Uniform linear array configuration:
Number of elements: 24
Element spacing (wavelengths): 0.25
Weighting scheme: hann
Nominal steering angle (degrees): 60
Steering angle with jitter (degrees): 59.834
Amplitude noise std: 0.05
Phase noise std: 0.05

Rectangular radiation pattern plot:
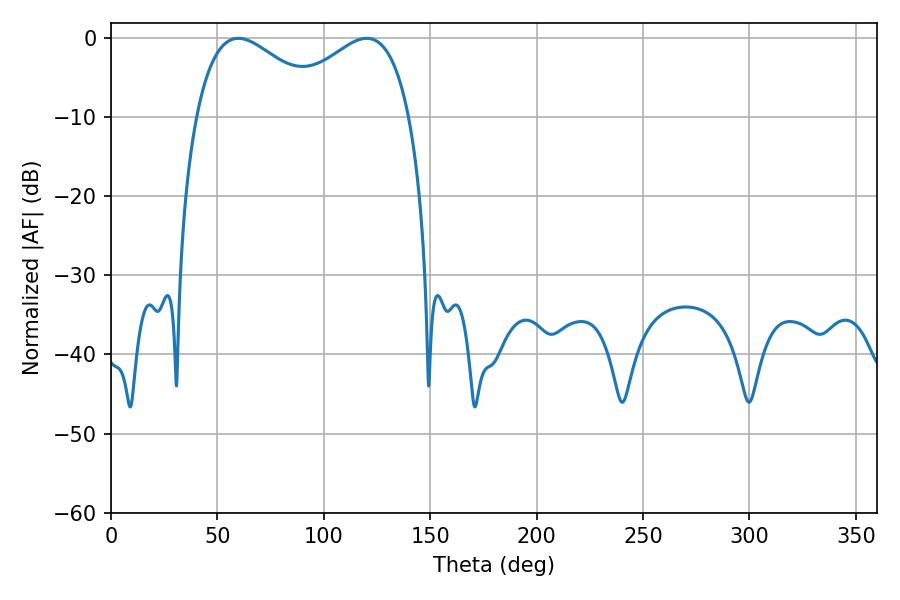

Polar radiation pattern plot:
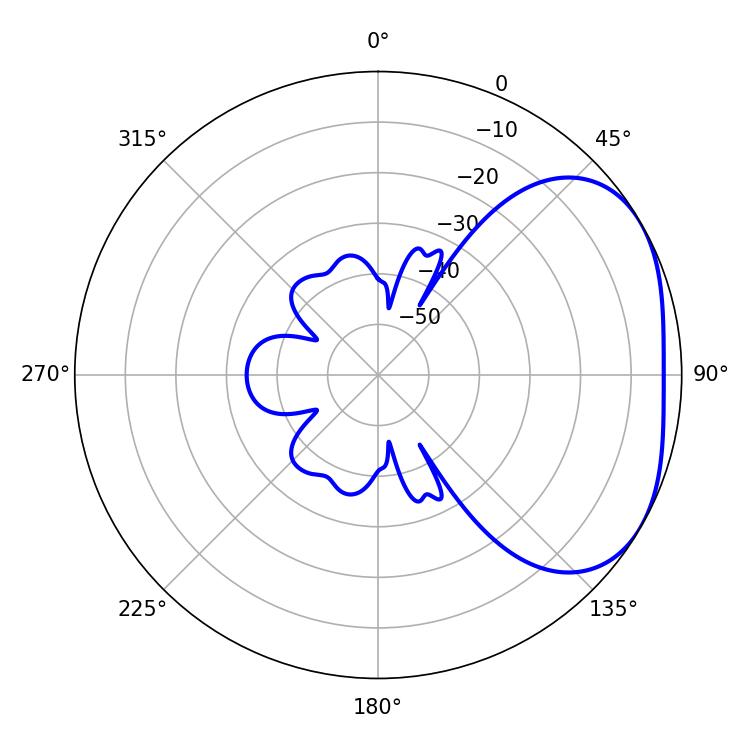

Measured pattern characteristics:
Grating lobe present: FALSE
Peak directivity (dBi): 2.954
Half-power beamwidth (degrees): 33.84
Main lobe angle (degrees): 59.76